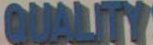
QUALITY